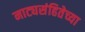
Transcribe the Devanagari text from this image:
नाट्यसंहितेच्या